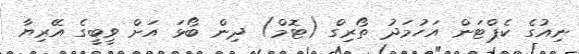
ނިއުގެ ކެޕްޓަން އަހުމަދު ތޯރިގް (ޓޮމް) ދިން ބޯޅަ އަށް ވީބީގެ އޭރިޔާ